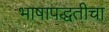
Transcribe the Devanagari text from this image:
भाषापद्धतीचा